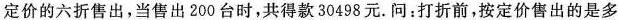
定价的六折售出，当售出200台时，共得款30498元。问：打折前，按定价售出的是多